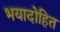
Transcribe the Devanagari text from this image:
भयादोहित